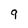
Character: 9